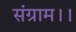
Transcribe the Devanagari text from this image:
संग्राम।।